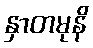
နှာတမုနိ